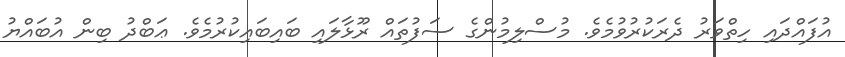
އުފައްދައި ހިތްވަރު ދެރަކުރުވުމެވެ. މުސްލިމުންގެ ސަފުތައް ރޫޅާލައި ބައިބައިކުރުމެވެ. ޢަބްދު ބިން އުބައްޔު